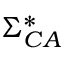
\Sigma _ { C A } ^ { * }